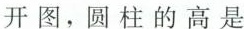
开图，圆柱的高是